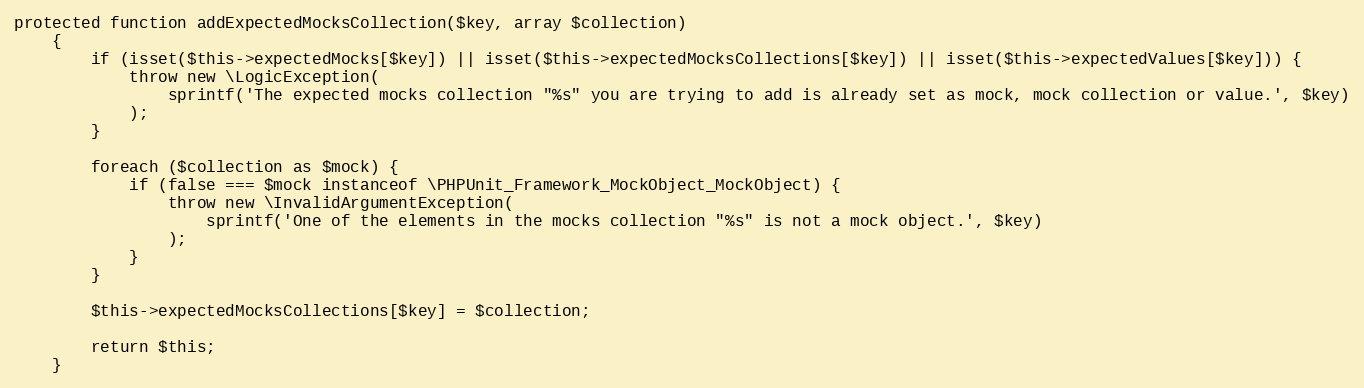
Language: PHP
protected function addExpectedMocksCollection($key, array $collection)
    {
        if (isset($this->expectedMocks[$key]) || isset($this->expectedMocksCollections[$key]) || isset($this->expectedValues[$key])) {
            throw new \LogicException(
                sprintf('The expected mocks collection "%s" you are trying to add is already set as mock, mock collection or value.', $key)
            );
        }

        foreach ($collection as $mock) {
            if (false === $mock instanceof \PHPUnit_Framework_MockObject_MockObject) {
                throw new \InvalidArgumentException(
                    sprintf('One of the elements in the mocks collection "%s" is not a mock object.', $key)
                );
            }
        }

        $this->expectedMocksCollections[$key] = $collection;

        return $this;
    }